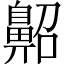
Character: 𪖠